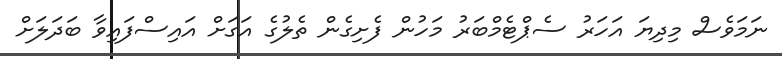
ނަމަވެސް މިދިޔަ އަހަރު ސެޕްޓެމްބަރު މަހުން ފެށިގެން ތެލުގެ އަގަށް އައިސްފައިވާ ބަދަލަށް